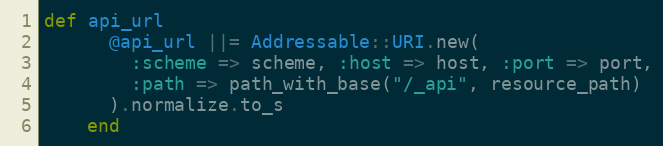
Language: Ruby
def api_url
      @api_url ||= Addressable::URI.new(
        :scheme => scheme, :host => host, :port => port,
        :path => path_with_base("/_api", resource_path)
      ).normalize.to_s
    end